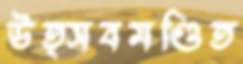
উত্সবমণ্ডিত